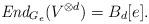
LaTeX: \begin{align*}\mbox{\em End}_{G_{e}}(V^{\otimes d})=B_{d}[e].\end{align*}